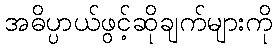
အဓိပ္ပာယ်ဖွင့်ဆိုချက်များကို